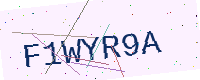
Text: F1WYR9A